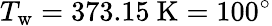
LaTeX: T_{\mathrm{w}}=373.15~\mathrm{K}=100^{\circ}